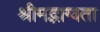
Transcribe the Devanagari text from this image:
श्रीमद्भाग्वता